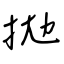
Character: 拋